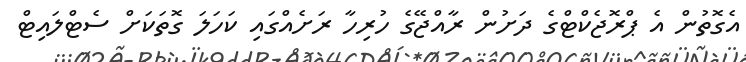
އެގޮތުން އެ ޕްރޮޖެކްޓްގެ ދަށުން ރާއްޖޭގެ ހުރިހާ ރަށެއްގައި ކަހަލަ ގޮތަކަށް ސެޓްލައިޓް